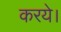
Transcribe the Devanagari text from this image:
करये।